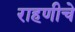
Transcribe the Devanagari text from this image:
राहणीचे